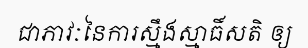
ជាភាវៈនៃការស្មឹងស្មាធិ៍សតិ ឲ្យ